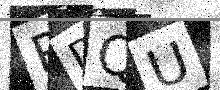
Text: RDQU